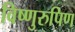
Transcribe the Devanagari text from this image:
विष्णुरुपिण